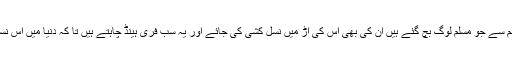
ہندو انتہا پسند تامل چاہتے ہوں گے کہ شمال اور مشرق میں ان کے مظالم سے جو مسلم لوگ بچ گئے ہیں ان کی بھی اس کی آڑ میں نسل کشی کی جائے اور یہ سب فری ہینڈ چاہتے ہیں تا کہ دنیا میں اس نسل کشی اور مسلمانوں کے قتل عام کے خلاف کوئی آواز بلند نہ ہو سکے۔